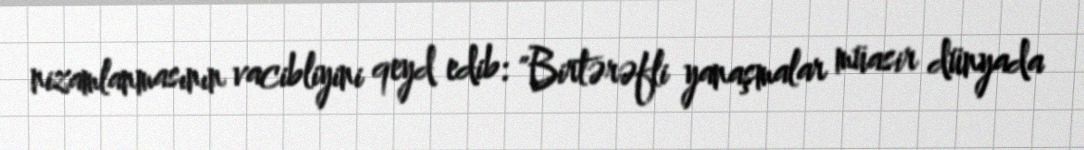
nizamlanmasının vacibliyini qeyd edib: "Birtərəfli yanaşmalar müasir dünyada